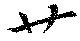
廿